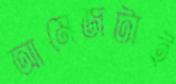
আমেজটাই